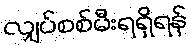
လျှပ်စစ်မီးရရှိရန်